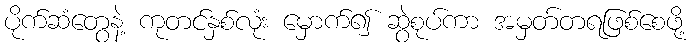
ပိုက်ဆံတွေနဲ့ ကုတင်နှစ်လုံး မှောက်၍ ဆွဲစုပ်ကာ အမှတ်တရဖြစ်စေဖို့